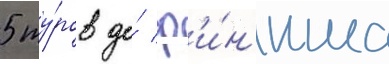
5 ту́ров до́ ф'и́н'иша